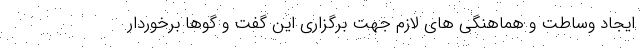
ایجاد وساطت و هماهنگی های لازم جهت برگزاری این گفت و گوها برخوردار